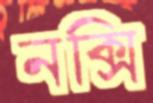
নক্সি